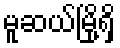
မူဆယ်မြို့ရှိ